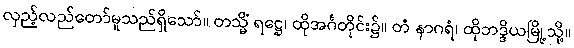
လှည့်လည်တော်မူသည်ရှိသော်။ တသ္မိံ ရဋ္ဌေ၊ ထိုအင်္ဂတိုင်း၌။ တံ နာဂရံ၊ ထိုဘဒ္ဒိယမြို့သို့။